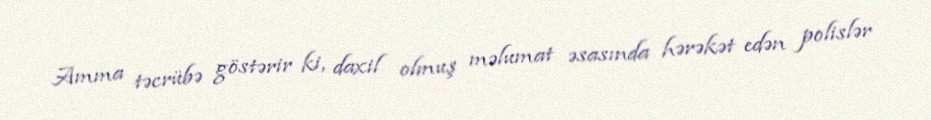
Amma təcrübə göstərir ki, daxil olmuş məlumat əsasında hərəkət edən polislər